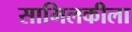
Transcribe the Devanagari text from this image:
सामिलकीला